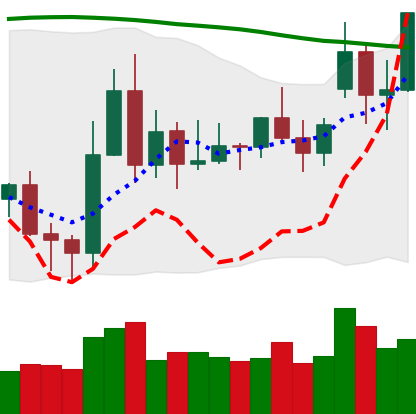
Ticker: XLM-USD
Chart end date: 2020-11-20
Forward return: 121.049%
Label: up_7plus